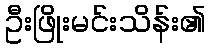
ဦးဖြိုးမင်းသိန်း၏